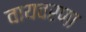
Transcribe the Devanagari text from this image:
वायवरणा